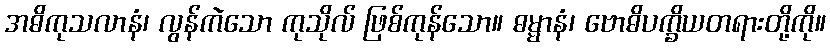
အဓိကုသလာနံ၊ လွန်ကဲသော ကုသိုလ် ဖြစ်ကုန်သော။ ဓမ္မာနံ၊ ဗောဓိပက္ခိယတရားတို့ကို။